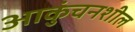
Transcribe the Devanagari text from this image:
आकुंचनशील